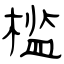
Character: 槛